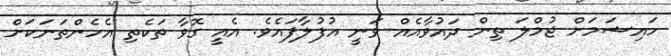
ހައިޝަމަށް ޖުމްލަ ތިން ދައުވާއެއް ވަނީ އުފުލާފައެވެ. އެއީ ގޮވާ ތަކެތި އެހެންތަނަކަށް